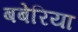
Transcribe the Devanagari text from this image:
बबेरिया